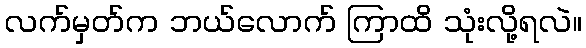
လက်မှတ်က ဘယ်လောက် ကြာထိ သုံးလို့ရလဲ။